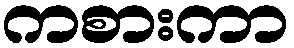
ကစားကာ